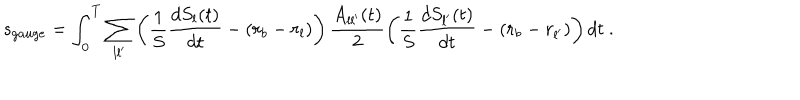
s _ { g a u g e } = \int _ { 0 } ^ { T } \sum _ { l l ^ { \prime } } \left( \frac 1 S \frac { d S _ { l } ( t ) } { d t } - ( r _ { b } - r _ { l } ) \right) \frac { A _ { l l ^ { \prime } } ( t ) } { 2 } \left( \frac 1 S \frac { d S _ { l ^ { \prime } } ( t ) } { d t } - ( r _ { b } - r _ { l ^ { \prime } } ) \right) d t \ .